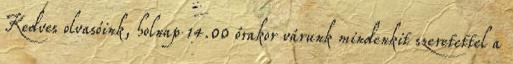
Kedves olvasóink, holnap 14.00 órakor várunk mindenkit szeretettel a